Vaccination in Bombay 1902-1912 - 1902-1912
Year: 1902
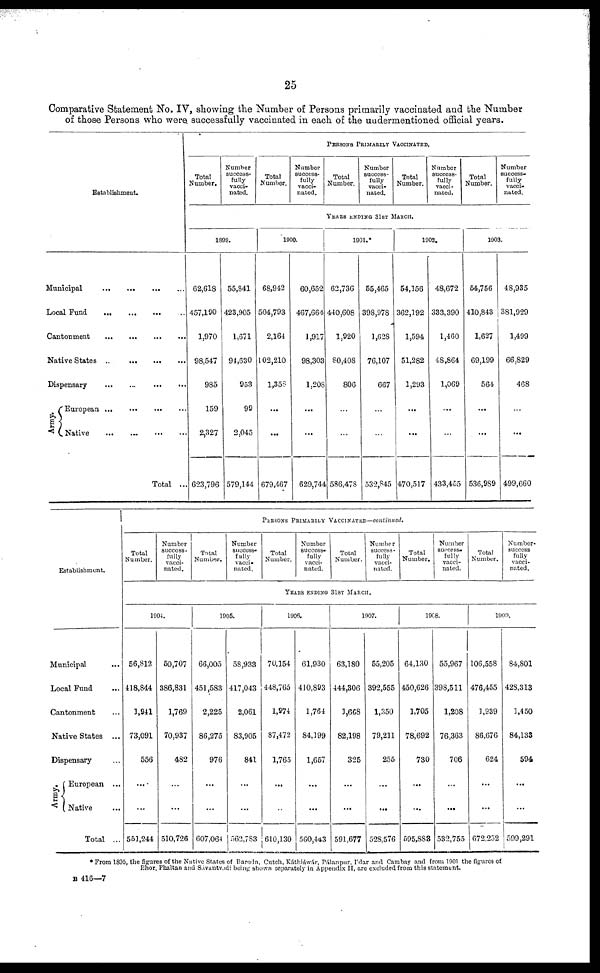
25
Comparative Statement No. IV, showing the Number of Persons primarily vaccinated and the Number
of those Persons who were successfully vaccinated in each of the undermentioned official years.
Establishment.
Municipal
...
...
...
...
Local Fund
...
...
...
...
Cantonment
...
...
...
...
Native States
...
...
...
Dispensary
...
...
...
Army.
European ...
...
...
Native
...
...
...
...
Total ...
PERSONS PRIMARILY VACCINATED.
Total
Number.
Number
success-
fully
vacci-
nated.
Total
Number.
Number
success-
fully
vacci-
nated.
Total
Number.
Number
success-
fully
vacci-
nated.
Total
Number.
Number
success-
fully
vacci-
nated.
Total
Number.
Number
success-
fully
vacci-
nated.
YEARS ENDING 31ST MARCH.
1899.
62,618
457,190
1,970
98,547
985
159
2,327
623,796
55,841
423,905
1,671
94,630
953
99
2,045
579,144
1900.
68,942
504,793
2,164
102,210
1,358
...
...
679,467
60,652
467,664
1,917
98,303
1,208
...
...
629,744
1901.*
62,736
440,608
1,920
80,408
806
...
...
586,478
55,465
398,978
1,628
76,107
667
...
...
532,845
1902.
54,156
362,192
1,594
51,282
1,293
...
...
470,517
48,672
333,390
1,460
48,864
1,069
...
...
433,455
1903.
54,756
410,843
1,627
69,199
564
...
...
536,989
48,935
381,929
1,499
66,829
468
...
...
499,660
Establishment.
Municipal ...
Local Fund ...
Cantonment ...
Native States ...
Dispensary ...
Army.
European ...
Native ...
Total ...
PERSONS PRIMARILY VACCINATED—continued.
Total
Number.
Number
success-
fully
vacci-
nated.
Total
Number.
Number
success-
fully
vacci-
nated.
Total
Number.
Number
success¬
fully
vacci¬
nated.
Total
Number.
Number
success¬
fully
vacci¬
nated.
Total
Number.
Number
success-
fully
vacci-
nated.
Total
Number.
Number
success¬
fully
vacci-
nated.
YEARS ENDING 31ST MARCH.
1904.
56,812
418,844
1,941
73,091
556
...
...
551,244
50,707
386,831
1,769
70,937
482
...
...
510,726
1905.
66,005
451,583
2,225
86,275
976
...
...
607,064
58,933
417,043
2,061
83,905
841
...
...
563,783
1906.
70,154
448,765
1,974
87,472
1,765
...
...
610,130
61,930
410,893
1,764
84,199
1,657
...
...
560,443
1907.
63,180
444,306
1,668
82,198
325
...
...
591,677
55,205
392,555
1,350
79,211
255
...
...
528,576
1908.
64,130
450,626
1,705
78,692
730
...
...
595,883
55,967
398,511
1,208
76,363
706
...
...
532,755
1909.
106,558
476,455
1,939
86,676
624
...
...
672,252
84,801
428,313
1,450
84,133
594
...
...
599,291
*From 1895, the figures of the Native States of Baroda, Cutch, Káthiáwár, Pálanpur, I'dar and Cambay and from 1901 the figures of
Bhor, Phaltan and Sávantvadi being shown separately in Appendix II, are excluded from this statement.
B 416—7